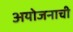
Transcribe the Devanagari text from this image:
अयोजनाची